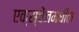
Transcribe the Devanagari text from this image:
एक्स्चेंजमधील